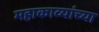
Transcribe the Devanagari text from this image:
महाकाव्यांच्या